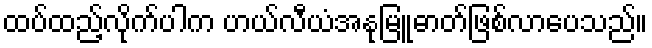
ထပ်ထည့်လိုက်ပါက ဟယ်လီယံအနုမြူဓာတ်ဖြစ်လာပေသည်။